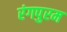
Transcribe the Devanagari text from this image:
रंगपुरम